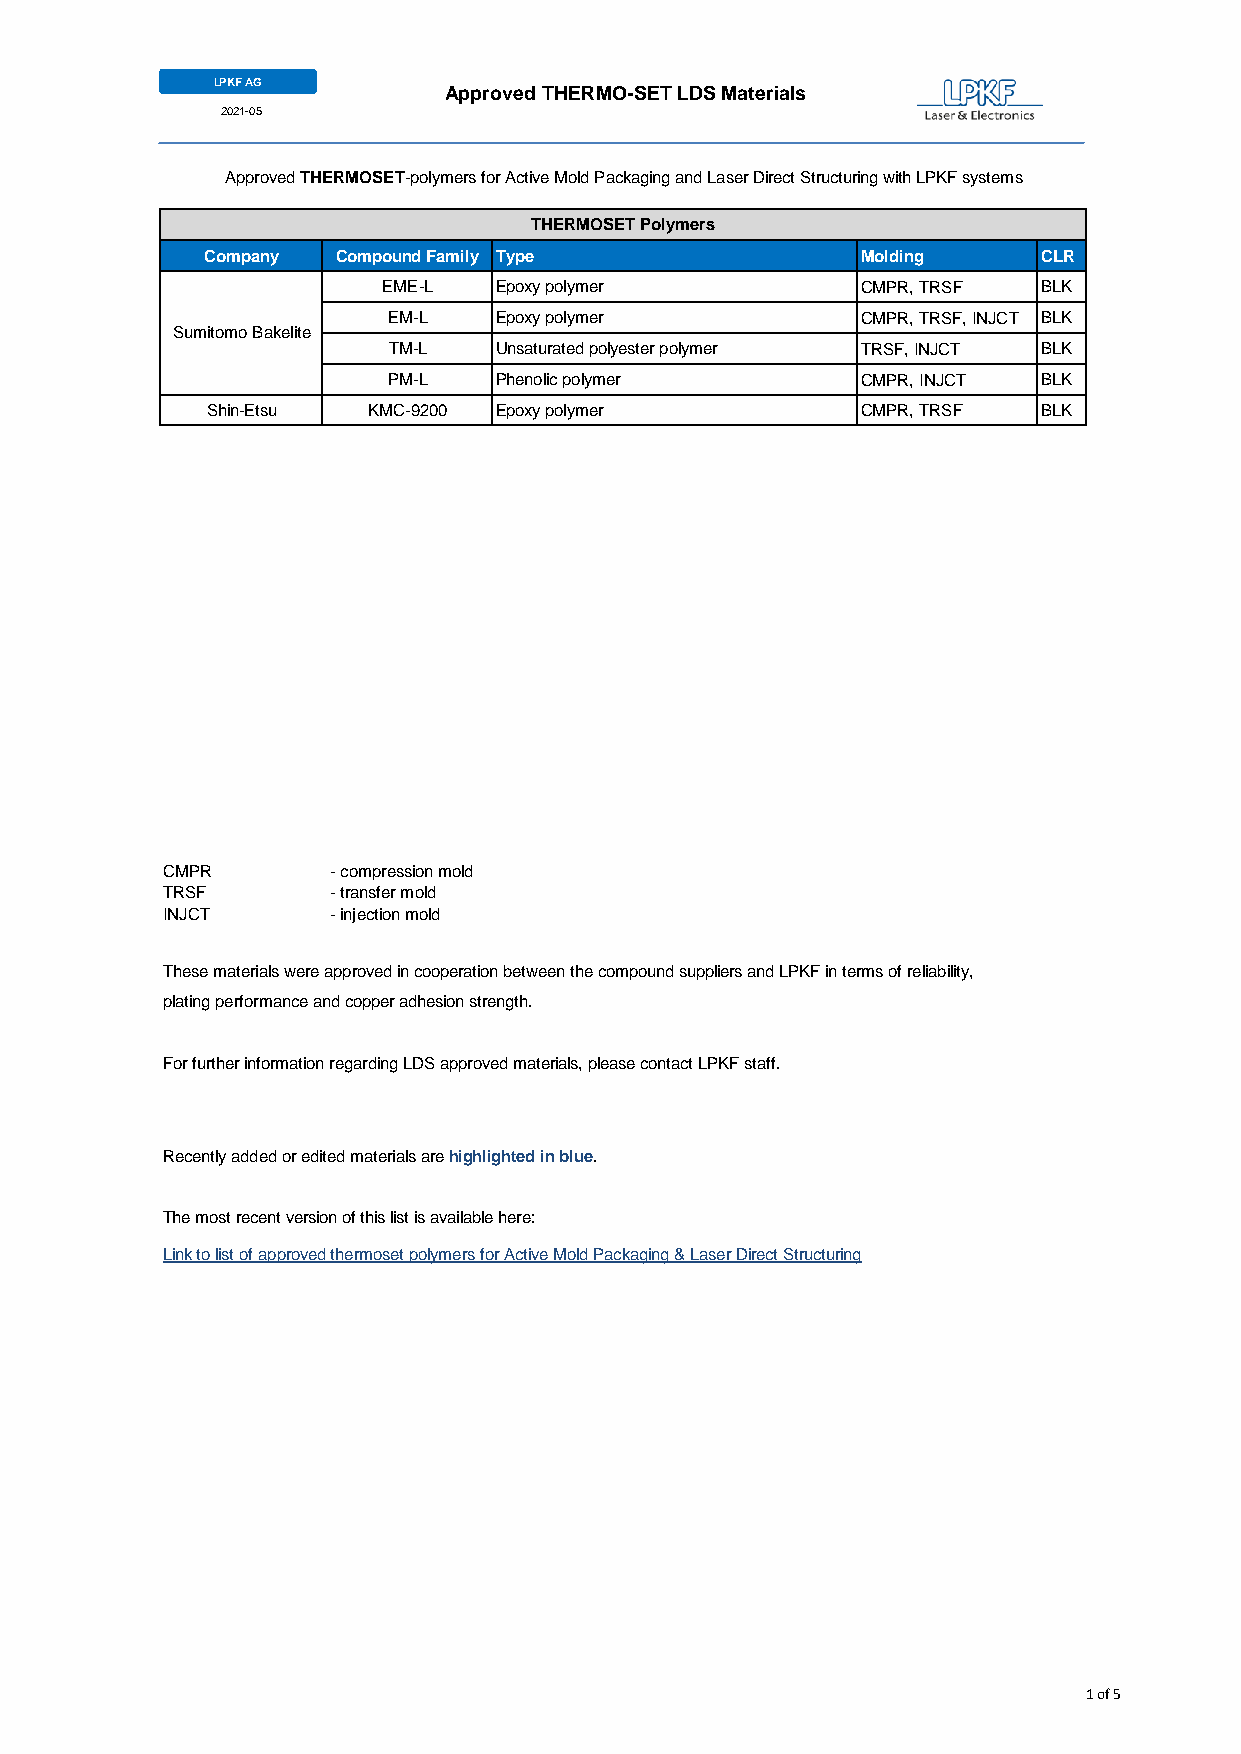
LPKF AG
 Approved THERMO-SET LDS Materials
 2021-05
 Approved THERMOSET-polymers for Active Mold Packaging and Laser Direct Structuring with LPKF systems
 THERMOSET Polymers
 Company Compound Family Type               Molding     CLR
 EME-L   Epoxy polymer           CMPR, TRSF  BLK
 EM-L   Epoxy polymer           CMPR, TRSF, INJCT BLK
 Sumitomo Bakelite
 TM-L   Unsaturated polyester polymer TRSF, INJCT BLK
 PM-L   Phenolic polymer        CMPR, INJCT BLK
 Shin-Etsu KMC-9200 Epoxy polymer           CMPR, TRSF  BLK
 CMPR       - compression mold
 TRSF       - transfer mold
 INJCT      - injection mold
 These materials were approved in cooperation between the compound suppliers and LPKF in terms of reliability,
 plating performance and copper adhesion strength.
 For further information regarding LDS approved materials, please contact LPKF staff.
 Recently added or edited materials are highlighted in blue.
 The most recent version of this list is available here:
 Link to list of approved thermoset polymers for Active Mold Packaging & Laser Direct Structuring
 1 of 5